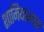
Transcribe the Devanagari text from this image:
शामियान्यात